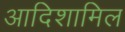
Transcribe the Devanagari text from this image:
आदिशामिल